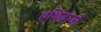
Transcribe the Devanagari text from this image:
हथियायी